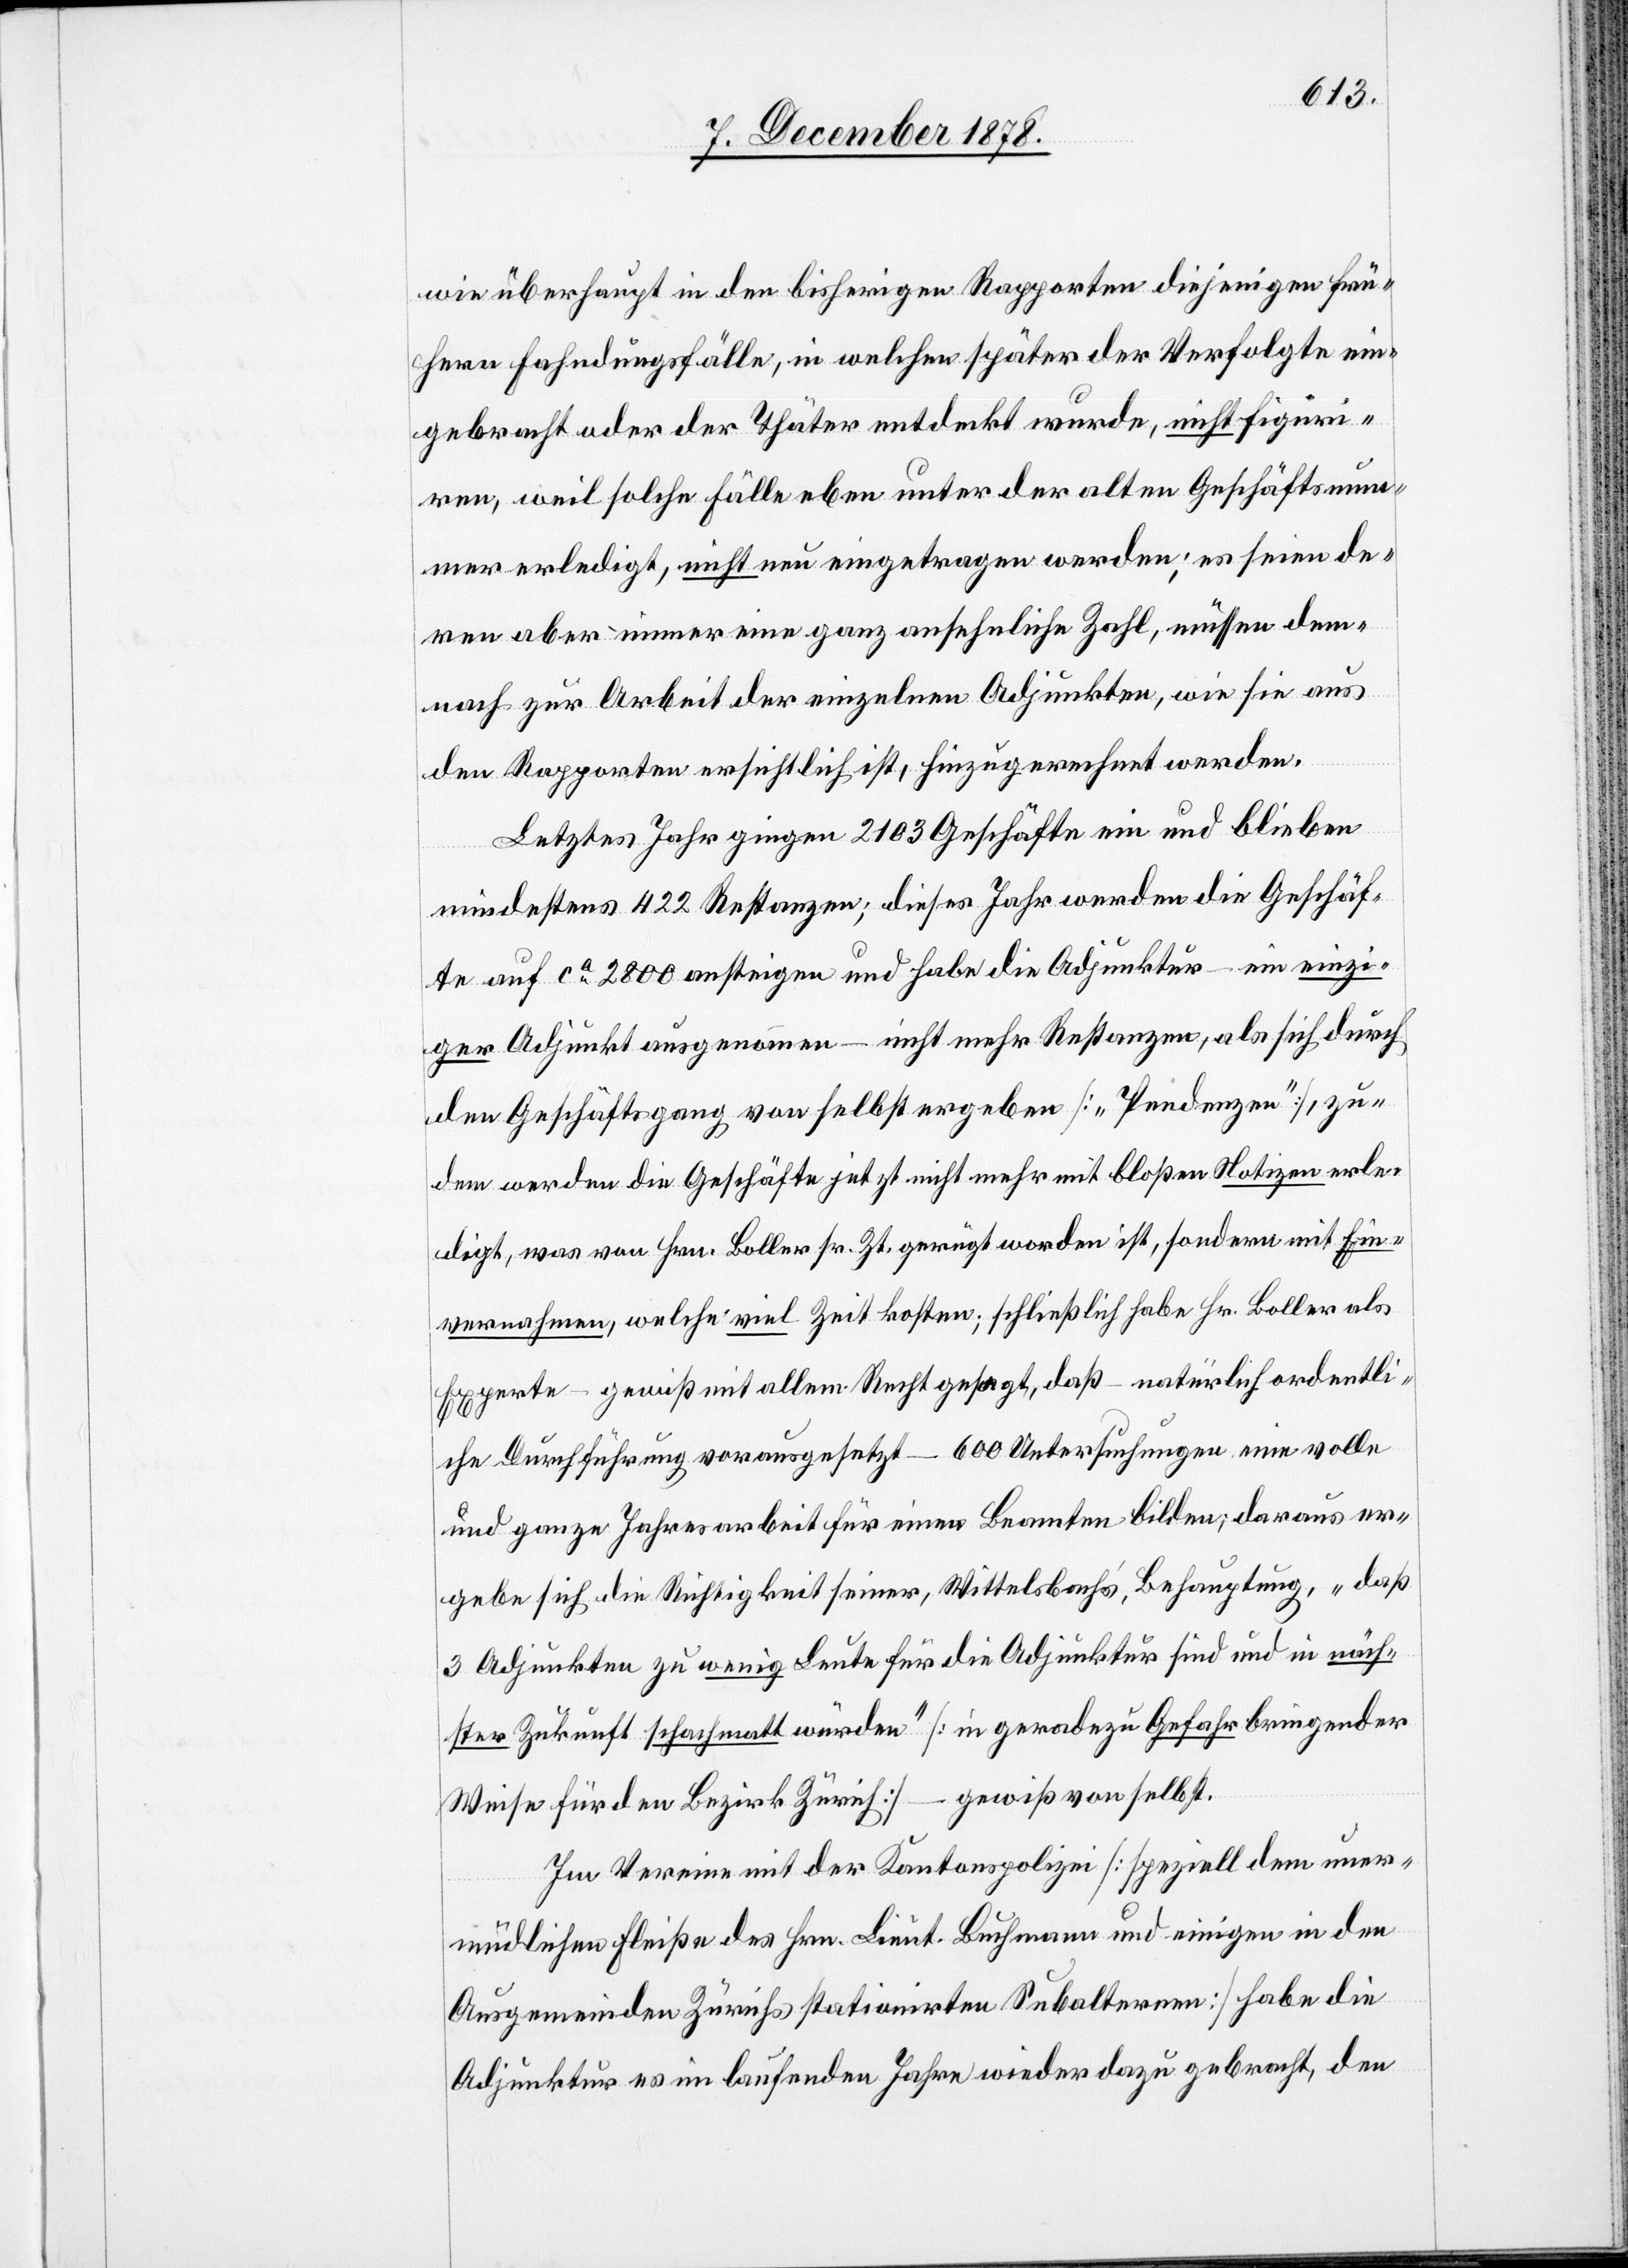
wie überhaupt in den bisherigen Rapporten diejenigen frü¬
hern Fahndungsfälle, in welche später der Verfolgte ein¬
gebracht oder der Thäter entdeckt wurde, nicht figuri¬
ren, weil solche Fälle eben unter der alten Geschäftsnum¬
mer erledigt, nicht neu eingetragen werden; es seien de¬
ren aber immer eine ganz ansehliche Zahl, müssen dem¬
nach zur Arbeit der einzelnen Adjunkten, wie sie aus
den Rapporten ersichtlich ist, hinzugerechnet werden.
Letztes Jahr gingen 2103 Geschäfte ein und blieben
mindestens 422 Restanzen; dieses Jahr werden die Geschäf¬
te auf ca 2800 ansteigen und habe die Adjunktur – ein einzi¬
ger Adjunkt ausgenommen – nicht mehr Restanzen, als sich durch
den Geschäftsgang von selbst ergeben [„Pendenzen“], zu¬
dem werden die Geschäfte jetzt nicht mehr mit bloßen Notizen erle¬
digt, was von Hrn. Boller sr. Zt. gerügt worden ist, sondern mit Ein¬
vernahmen, welche viel Zeit kosten; schließlich habe Hr. Boller als
Experte – gewiß mit allem Recht gesagt, daß – natürlich ordentli¬
che Durchführung vorausgesetzt – 600 Untersuchungen eine volle
und ganze Jahresarbeit für einen Beamten bilden; daraus ver¬
gebe sich die Richtigkeit seiner, Wittelsbach’s, Behauptung, „daß
3 Adjunkten zu wenig Leute für die Adjunktur sind und in näch¬
ster Zukunft schachmatt würden“ [in geradezu Gefahr bringender
Weise für den Bezirk Zürich] – gewiß von selbst.
Im Vereine mit der Kantonspolizei [speziell dem uner¬
müdlichen Fleiße des Hrn. Lieut. Buchmann und einigen in den
Ausgemeinden Zürichs stationirten Subalternen] habe die
Adjunktur es im laufenden Jahre wieder dazu gebracht, den